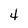
Character: 4